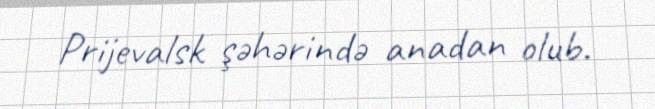
Prijevalsk şəhərində anadan olub.